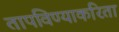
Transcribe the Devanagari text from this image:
तापविण्याकरिता